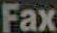
Fax